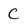
Character: C